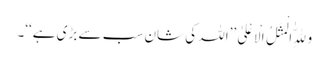
وَلِلّٰهِ الْمَثَلُ الْاَعْلیٰ ’’اللہ کی شان سب سے بڑی ہے‘‘۔